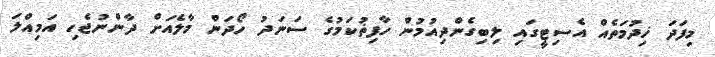
މިފަދަ ޚިދުމަތެއް އެސިޓީގައި ލިބިގެންދިއުމުން ހާފިޡުކަމުގެ ސަނަދު ހޯދަން މާލެއަށް ދާންނުޖެހި އަމިއްލަ